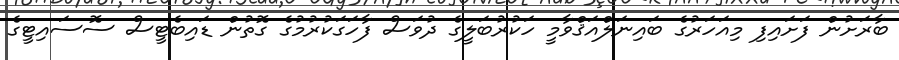
ބާރަށުން ފަށައިފި މިއަހަރުގެ ބައިނަލްއަޤްވާމީ ހަކުރުބަލީގެ ދުވަސް ފާހަގަކުރުމުގެ ގޮތުން ޑައިބެޓީސް ސޮސައިޓީގެ